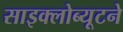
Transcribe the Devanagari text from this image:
साइक्लोब्यूटने